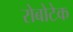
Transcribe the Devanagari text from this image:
रोबोटेक